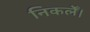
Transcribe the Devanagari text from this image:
निकलेँ।